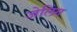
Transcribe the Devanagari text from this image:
जेलिंग